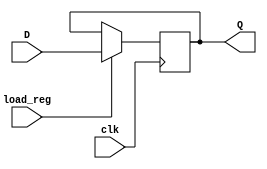
module register #(parameter W = 4)(
input [W-1:0] D, 
input clk, load_reg,
output reg [W-1:0] Q
    );
    
always @(posedge clk)
if (load_reg == 1) begin
    Q <= D;
end
    
    
    
endmodule